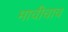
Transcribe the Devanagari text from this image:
माचीचाच